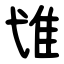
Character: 隿